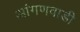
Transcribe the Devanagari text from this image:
आंगणवाडी